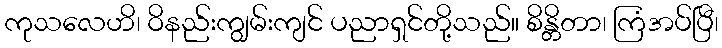
ကုသလေဟိ၊ ဝိနည်းကျွမ်းကျင် ပညာရှင်တို့သည်။ စိန္တိတာ၊ ကြံအပ်ပြီ၊